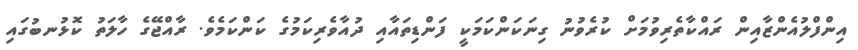
އިންފްލުއެންޒާއިން ރައްކާތެރިވުމަށް ކުރެވުނު ގިނަކަންކަމަކީ ފަންޑިތައާއި ދުއާވެރިކަމުގެ ކަންކަމެވެ. ރާއްޖޭގެ ހާލަތު ކޮޅުނބުގައި